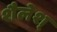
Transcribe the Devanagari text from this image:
शैलेश्